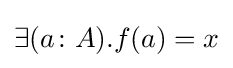
\exists (a\colon A).f(a)=x